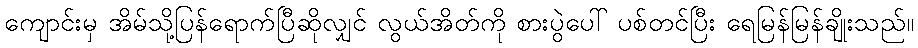
ကျောင်းမှ အိမ်သို့ပြန်ရောက်ပြီဆိုလျှင် လွယ်အိတ်ကို စားပွဲပေါ် ပစ်တင်ပြီး ရေမြန်မြန်ချိုးသည်။